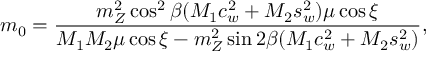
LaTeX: m _ { 0 } = { \frac { m _ { Z } ^ { 2 } \cos ^ { 2 } \beta ( M _ { 1 } c _ { w } ^ { 2 } + M _ { 2 } s _ { w } ^ { 2 } ) \mu \cos \xi } { M _ { 1 } M _ { 2 } \mu \cos \xi - m _ { Z } ^ { 2 } \sin { 2 \beta } ( M _ { 1 } c _ { w } ^ { 2 } + M _ { 2 } s _ { w } ^ { 2 } ) } } ,